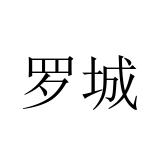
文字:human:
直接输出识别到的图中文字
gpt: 罗城